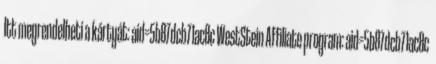
Itt megrendelheti a kártyát: aid=5b87dcb71ac8c WestStein Affiliate program: aid=5b87dcb71ac8c